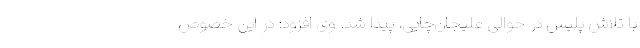
با تلاش پلیس در حوالی علیجان‌چایی، پیدا شد. وی افزود: در این خصوص